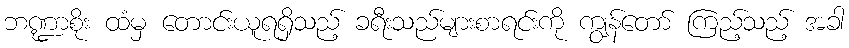
ဘဏ္ဍာစိုး ထံမှ တောင်းယူရရှိသည့် ခရီးသည်များစာရင်းကို ကျွန်တော် ကြည့်သည့် အခါ